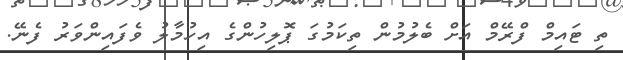
ތި ޓައިމް ފްރޭމް އަށް ބެލުމުން ތިކަމުގަ ޕޮލިހުންގެ އިހުމާލު ވެފައިންވަރު ފެނޭ.